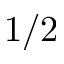
1 / 2